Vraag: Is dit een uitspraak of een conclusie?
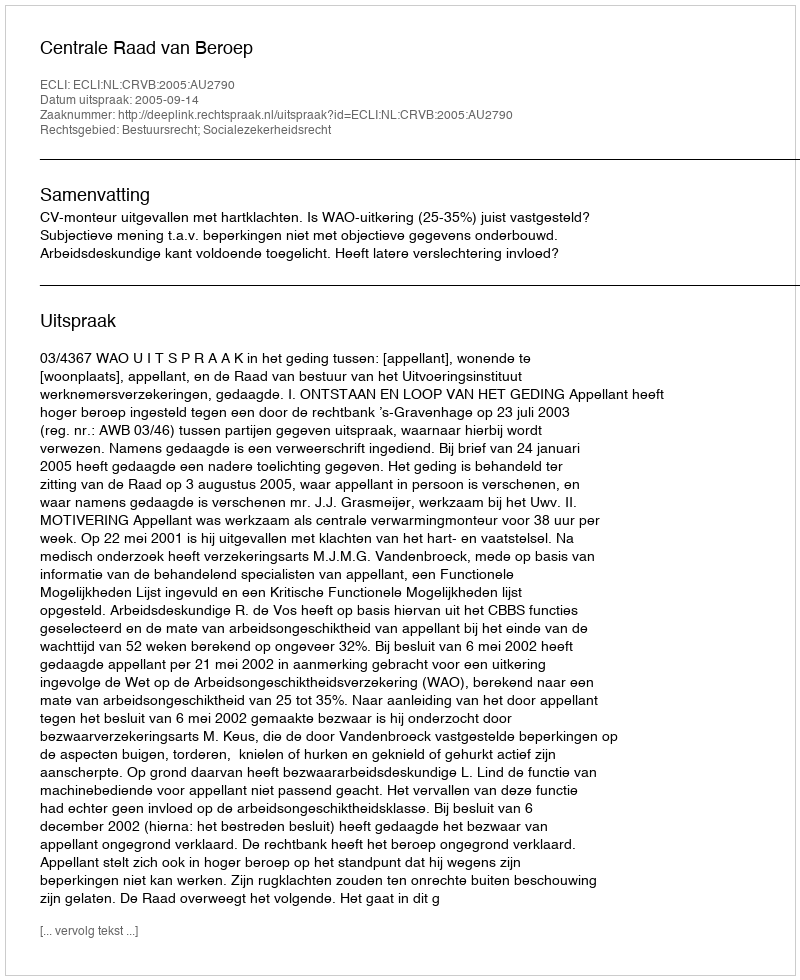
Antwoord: Uitspraak